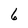
Character: 6